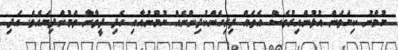
ޔުމްނު ކިޔަވަން އުޅުންއިރުވެސް އެތައް ފިރިހެންކުދިންނެއް ޔުމްނުއާއި ހެދި ދީވާނާ ވަމުންދިޔައެވެ. އަދި